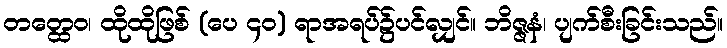
တတ္ထေဝ၊ ထိုထိုဖြစ် (ပေ ၄၀) ရာအရပ်၌ပင်လျှင်။ ဘိဇ္ဇနံ၊ ပျက်စီးခြင်းသည်။